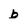
Character: b